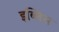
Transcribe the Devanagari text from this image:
इब्लिस